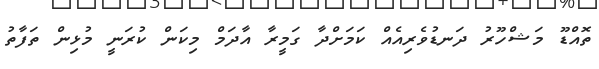
ތޮއްޑޫ މަޝްހޫރު ދަނޑުވެރިއެއް ކަމަށްދާ ގަމީރާ އާދަމް މިކަން ކުރަނީ މުޅިން ތަފާތު